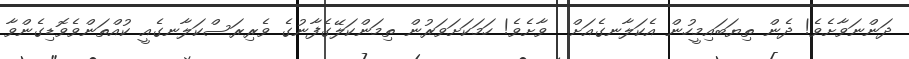
ދަންނަވާށެވެ! ދެން ތިޔަބައިމީހުން އެކަލާނގެއަށް  ވާށެވެ! ހަމަކަށަވަރުން ތިމަންކަލޭގެފާނުގެ ވެރިރަސްކަލާނގެއީ ކުއްތަންވެވޮޑިގެންވާ